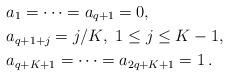
LaTeX: \begin{align*} &a_1 =\dots= a_{q+1}=0,\\ &a_{q+1+j} = j/K,\ 1\leq j\leq K-1,\\ &a_{q+K+1} = \dots = a_{2q+K+1} = 1\,.\end{align*}